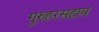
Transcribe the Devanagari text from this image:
गुरुहरसहाय